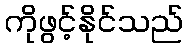
ကိုဖွင့်နိုင်သည်